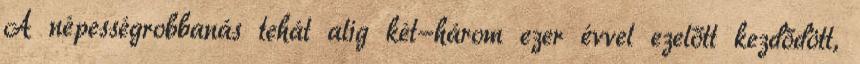
A népességrobbanás tehát alig két-három ezer évvel ezelőtt kezdődött,